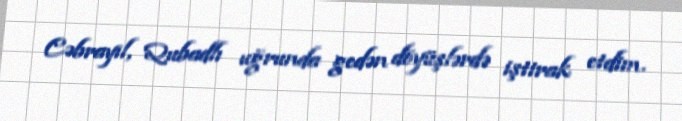
Cəbrayıl, Qubadlı uğrunda gedən döyüşlərdə iştirak etdim.